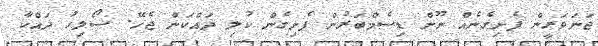
ޖަނަވަރީން ފެށިގެނެއް ނޫން ޑިސެމްބަރުން ފެށިގެން ކުލި ދައްކަން ޖެހޭ. ސޯލިހު ދައްކާ